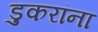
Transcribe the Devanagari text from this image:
डुकरांना